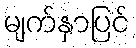
မျက်နှာပြင်